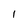
Character: 1